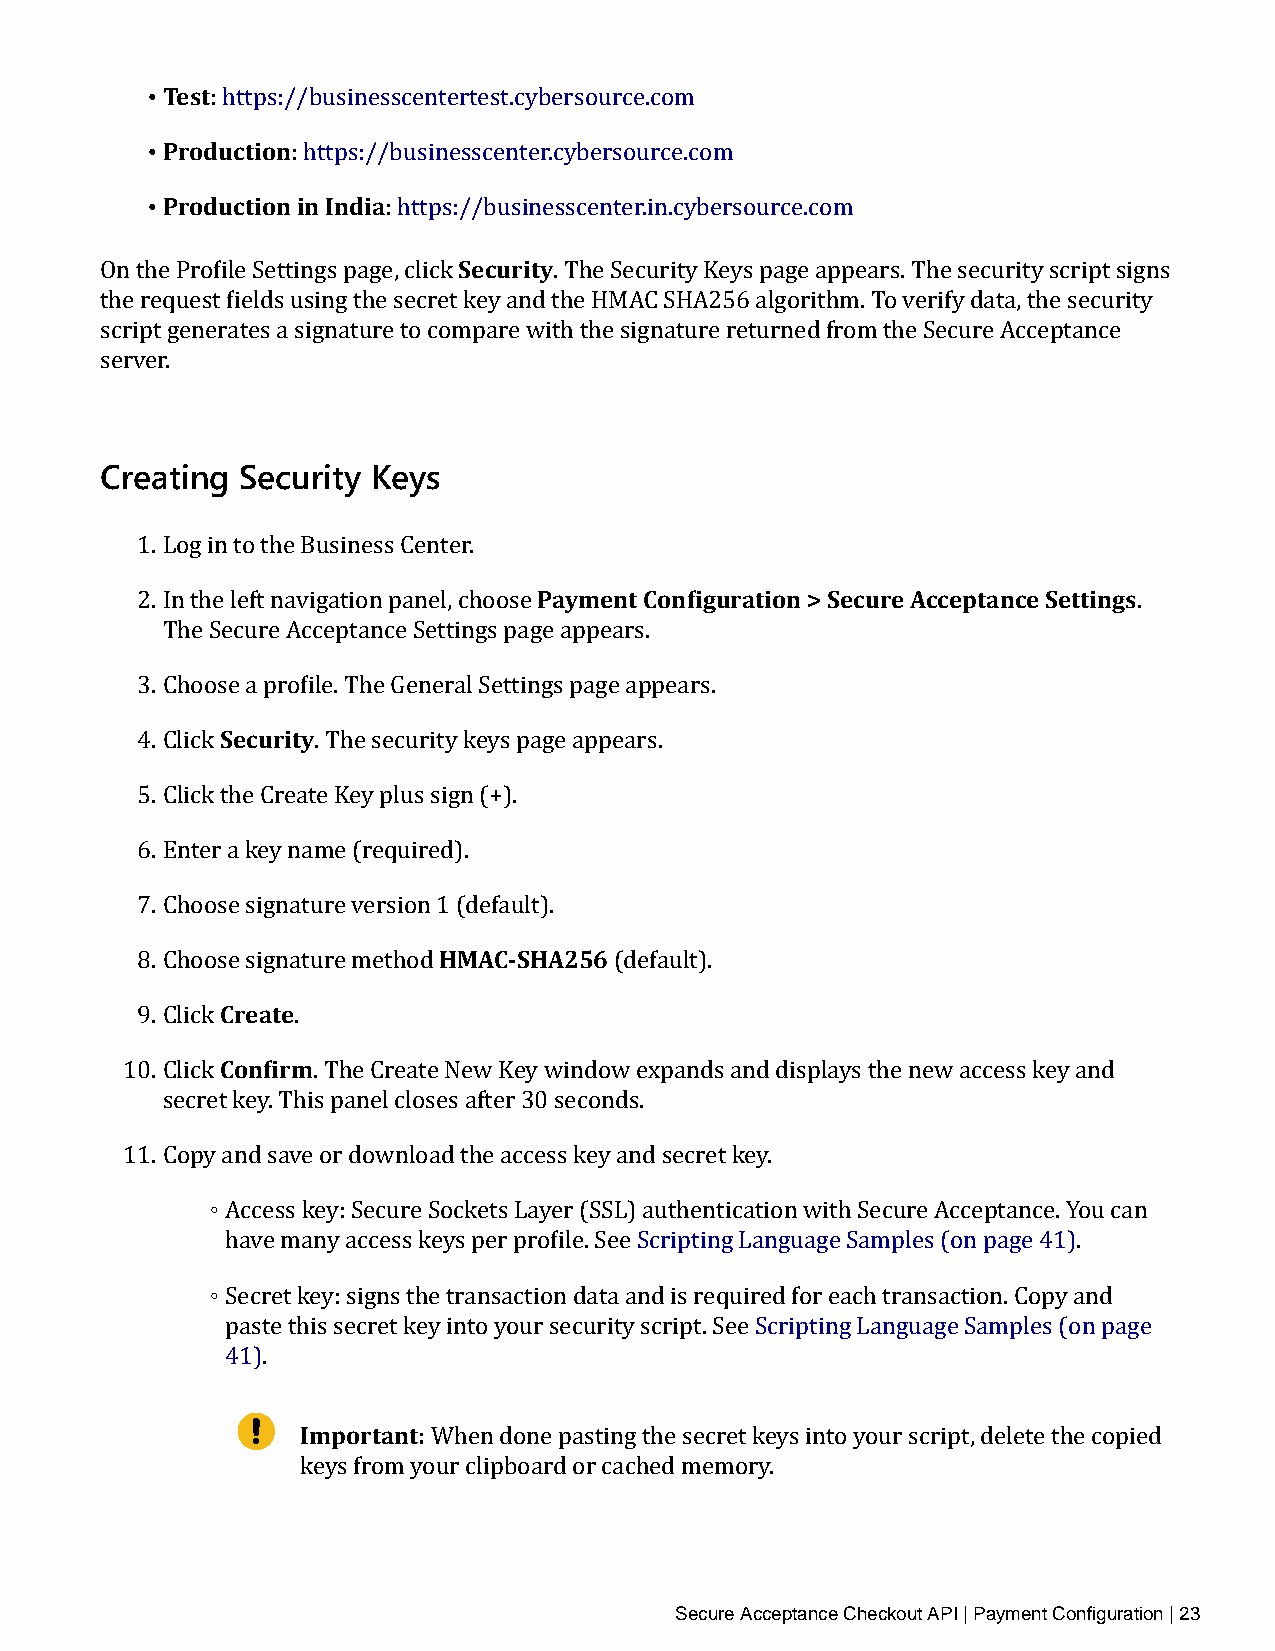
• Test
 • Prod: uhctttpiosn://businesscentertest.cybersource.com
 • Production :i hnt Itnpsd:i/a/businesscenter.cybersource.com
 : https://businesscenter.in.cybersource.com
 Security
 On the Profile Settings page, click . The Security Keys page appears. The security script signs
 the request fields using the secret key and the HMAC SHA256 algorithm. To verify data, the security
 script generates a signature to compare with the signature returned from the Secure Acceptance
 server.
 Creating Security Keys
 1. Log in to the Business Center. Payment Configuration > Secure Acceptance Settings
 2. In the left navigation panel, choose                           .
 The Secure Acceptance Settings page appears.
 3. ChoosSee ac uprriotfyile. The General Settings page appears.
 4. Click    . The security keys page appears.
 5. Click the Create Key plus sign (+).
 6. Enter a key name (required).
 7. Choose signature version 1H (MdAefCa-uSlHt)A. 256
 8. ChoosCer seiagtneature method (default).
 9. Click Confirm.
 10. Click    . The Create New Key window expands and displays the new access key and
 secret key. This panel closes after 30 seconds.
 11. Copy◦ and save or download the access key and secret key.
 Access key: Secure Sockets Layer (SSL) authentication with Secure Acceptance. You can
 ◦have many access keys per profile. See Scripting Language Samples (on page 41).
 Secret key: signs the transaction data and is required for each transaction. Copy and
 paste this secret key into your security script. See Scripting Language Samples (on page
 41).
 Important:
 When done pasting the secret keys into your script, delete the copied
 keys from your clipboard or cached memory.
 Secure Acceptance Checkout API | Payment Configuration | 23